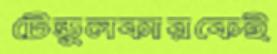
টেন্ডুলকারকেই